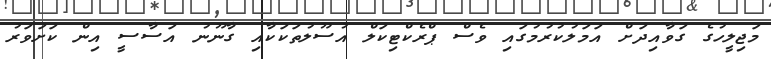
މަޖިލީހުގެ ގަވާއިދަށް އަމަލުކުރުމުގައި ވެސް ޕްރެކްޓިކަލް އުސޫލުތަކަކާއި ގާނޫނު އަސާސީ އިން ކަށަވަރު